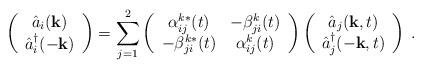
LaTeX: \begin{align*}\left(\begin{array}{c}\hat{a}_i({\bf k})\\\hat{a}_i^\dag(-{\bf k})\end{array}\right)=\sum_{j=1}^2 \left( \begin{array}{cc}\alpha_{ij}^{k\ast}(t)&-\beta_{ji}^k(t)\\-\beta_{ji}^{k\ast}(t)&\alpha_{ij}^k(t)\end{array}\right)\left(\begin{array}{c}\hat{a}_j({\bf k},t)\\\hat{a}_j^\dag(-{\bf k},t)\end{array}\right)\;.\end{align*}